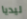
ليديا